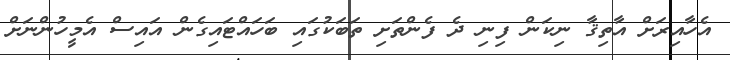
އެހާއިރަށް އާތިޤާ ނިކަން ފިނި ދެ ފެންތަށި ތަބަކުގައި ބަހައްޓައިގެން އައިސް އެމީހުންނަށް